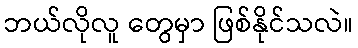
ဘယ်လိုလူ တွေမှာ ဖြစ်နိုင်သလဲ။